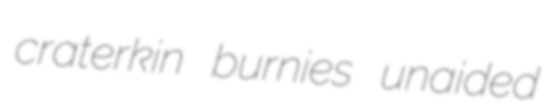
craterkin burnies unaided